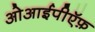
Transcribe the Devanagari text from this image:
ओआईपीऍफ़